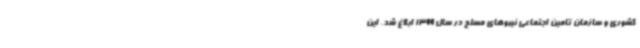
کشوری و سازمان تامین اجتماعی نیروهای مسلح در سال 1399 ابلاغ شد. این